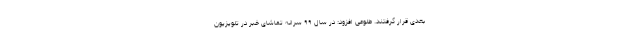
بعدی قرار گرفتند. طلوعی افزود: در سال ۹۹ سرانه تماشای خبر در تلویزیون